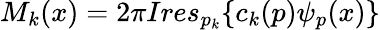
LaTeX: M_{k}(x)=2\pi Ires_{p_{k}}\{ c_{k}(p)\psi_{p}(x)\}